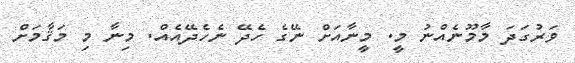
ވަރުގަދަ މާމޫނެއްނު މީ. މީނާއަށް ނޭގެ ހެދޭ ނެހެދޭއެއް. މިނާ މި މަޤާމަށް